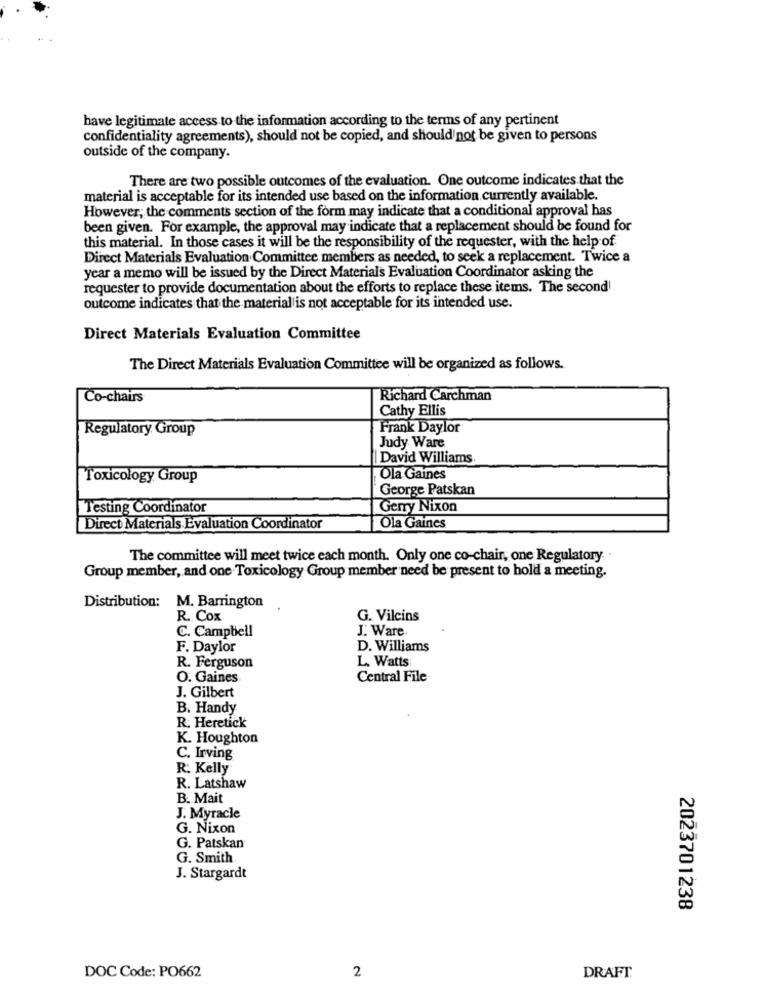
have legitimate access to the information according to the terms of any pertinent
confidentiality agreements), should not be copied, and should not be given to persons
outside of the company.
There are two possible outcomes of the evaluation. One outcome indicates that the
material is acceptable for its intended use based on the information currently available.
However, the comments section of the form may indicate that a conditional approval has
been given. For example, the approval may indicate that a replacement should be found for
this material. In those cases it will be the responsibility of the requester, with the help of
Direct Materials Evaluation Committee members as needed, to seek a replacement. Twice a
year a memo will be issued by the Direct Materials Evaluation Coordinator asking the
requester to provide documentation about the efforts to replace these items. The second
outcome indicates that the material is not acceptable for its intended use.
Direct Materials Evaluation Committee
The Direct Materials Evaluation Committee will be organized as follows.
Co-chairs
Richard Carchman
Cathy Ellis
Regulatory Group
Frank Daylor
Judy Ware
| David Williams
Toxicology Group
Ola Gaines
George Patskan
Testing Coordinator
Gerry Nixon
Direct Materials Evaluation Coordinator
Ola Gaines
The committee will meet twice each month. Only one co-chair, one Regulatory.
Group member, and one Toxicology Group member need be present to hold a meeting.
Distribution: M. Barrington
R. Cox
G. Vilcins
C. Campbell
J. Ware
F. Daylor
D. Williams
L. Watts
R. Ferguson
O. Gaines
Central File
J. Gilbert
B. Handy
R. Heretick
K. Houghton
C. Irving
R. Kelly
R. Latshaw
B. Mait
J. Myracle
G. Nixon
G. Patskan
G. Smith
J. Stargardt
2023701238
2
DOC Code: PO662
DRAFT